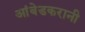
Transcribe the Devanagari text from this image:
आंबेडकरानी